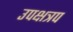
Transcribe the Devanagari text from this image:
उपक्षत्रप